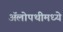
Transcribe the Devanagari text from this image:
अॅलोपथीमध्ये